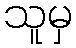
သူမှ